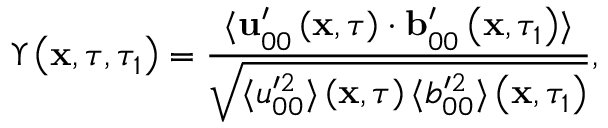
\Upsilon \left( \mathbf { x } , \tau , \tau _ { 1 } \right) = \frac { \langle \mathbf { u } _ { 0 0 } ^ { \prime } \left( \mathbf { x } , \tau \right) \cdot \mathbf { b } _ { 0 0 } ^ { \prime } \left( \mathbf { x } , \tau _ { 1 } \right) \rangle } { \sqrt { \langle u _ { 0 0 } ^ { \prime 2 } \rangle \left( \mathbf { x } , \tau \right) \langle b _ { 0 0 } ^ { \prime 2 } \rangle \left( \mathbf { x } , \tau _ { 1 } \right) } } ,